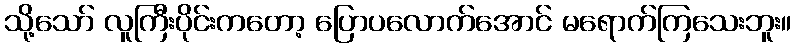
သို့သော် လူကြီးပိုင်းကတော့ ပြောပလောက်အောင် မရောက်ကြသေးဘူး။